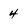
Character: 4